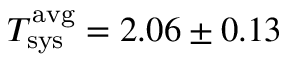
T _ { \mathrm { s y s } } ^ { \mathrm { a v g } } = 2 . 0 6 \pm 0 . 1 3